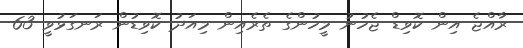
ރާއްޖެ އިން ކޮވިޑް ޖެހުނު މީހުންގެ ތެރެއިން މިއަދު ކޮވިޑުން ރަނގަޅުވީ 63